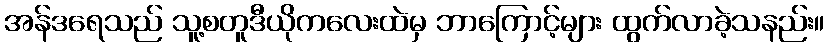
အန်ဒရေသည် သူ့စတူဒီယိုကလေးထဲမှ ဘာကြောင့်များ ထွက်လာခဲ့သနည်း။